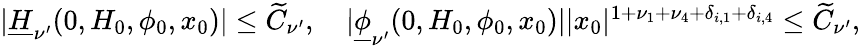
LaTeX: \begin{array}{r}{\vert\underline{H}_{\mathbf\nu^{\prime}}(0,H_{0},\phi_{0},x_{0})\vert\le\widetilde C_{\mathbf\nu^{\prime}},\quad\vert\underline{\phi}_{\mathbf\nu^{\prime}}(0,H_{0},\phi_{0},x_{0})\vert\vert x_{0}\vert^{1+\nu_{1}+\nu_{4}+\delta_{i,1}+\delta_{i,4}}\le\widetilde C_{\mathbf\nu^{\prime}},}\end{array}